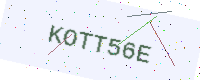
Text: KOTT56E